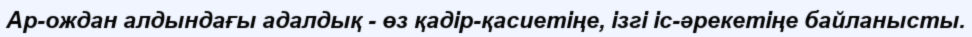
Ар-ождан алдындағы адалдық - өз қадір-қасиетіңе, ізгі іс-әрекетіңе байланысты.